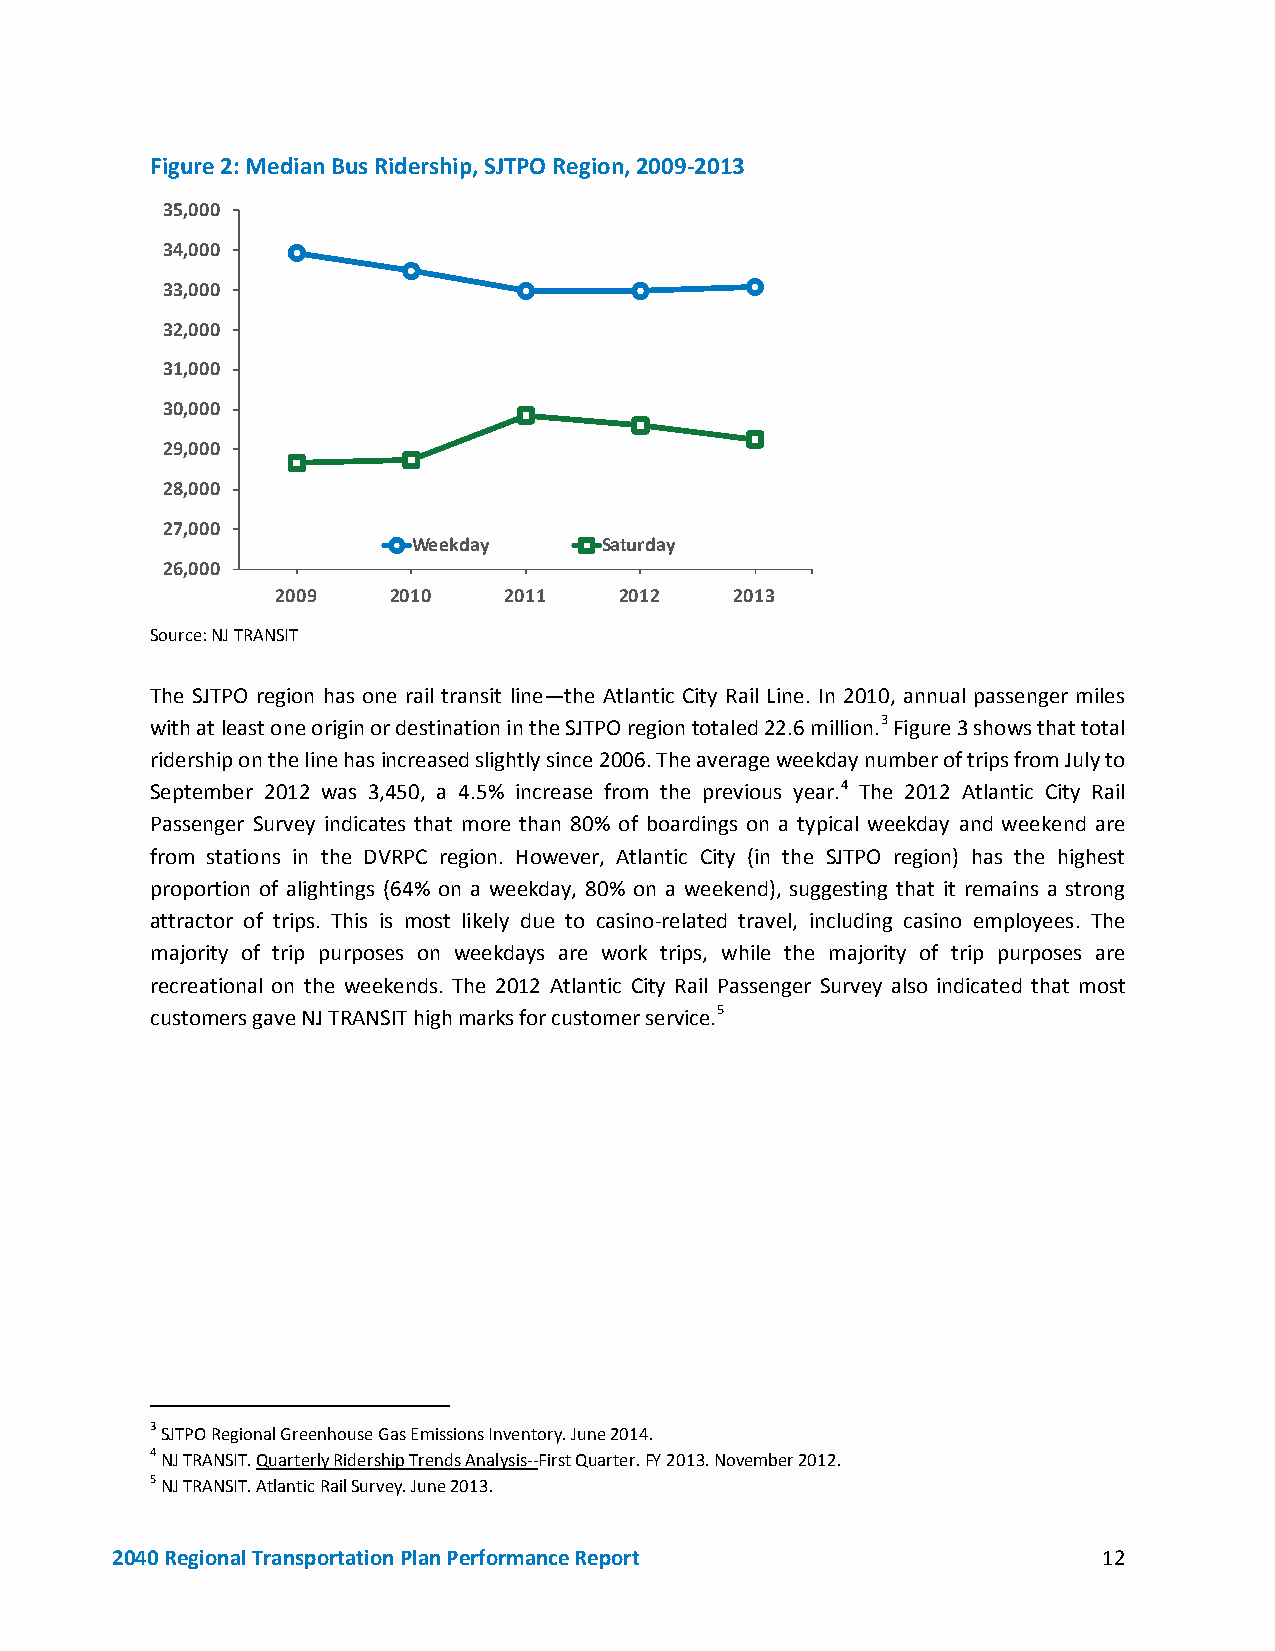
Figure 2: Median Bus Ridership, SJTPO Region, 2009-2013
 35,000
 34,000
 33,000
 32,000
 31,000
 30,000
 29,000
 28,000
 27,000
 Weekday      Saturday
 26,000
 2009    2010   2011    2012    2013
 Source: NJ TRANSIT
 The SJTPO region has one rail transit line—the Atlantic City Rail Line. In 2010, annual passenger miles
 with at least one origin or destination in the SJTPO region totaled 22.6 million.3 Figure 3 shows that total
 ridership on the line has increased slightly since 2006. The average weekday number of trips from July to
 September 2012 was 3,450, a 4.5% increase from the previous year.4 The 2012 Atlantic City Rail
 Passenger Survey indicates that more than 80% of boardings on a typical weekday and weekend are
 from stations in the DVRPC region. However, Atlantic City (in the SJTPO region) has the highest
 proportion of alightings (64% on a weekday, 80% on a weekend), suggesting that it remains a strong
 attractor of trips. This is most likely due to casino-related travel, including casino employees. The
 majority of trip purposes on weekdays are work trips, while the majority of trip purposes are
 recreational on the weekends. The 2012 Atlantic City Rail Passenger Survey also indicated that most
 customers gave NJ TRANSIT high marks for customer service.5
 3 SJTPO Regional Greenhouse Gas Emissions Inventory. June 2014.
 4 NJ TRANSIT. Quarterly Ridership Trends Analysis--First Quarter. FY 2013. November 2012.
 5 NJ TRANSIT. Atlantic Rail Survey. June 2013.
 2040 Regional Transportation Plan Performance Report              12